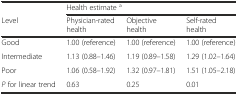
<table><thead><tr><td></td><td colspan="3"><b>Health estimate <sup>a</sup></b></td></tr><tr><td><b>Level</b></td><td><b>Physician-rated health</b></td><td><b>Objective health</b></td><td><b>Self-rated health</b></td></tr></thead><tbody><tr><td>Good</td><td>1.00 (reference)</td><td>1.00 (reference)</td><td>1.00 (reference)</td></tr><tr><td>Intermediate</td><td>1.13 (0.88–1.46)</td><td>1.19 (0.89–1.58)</td><td>1.29 (1.02–1.64)</td></tr><tr><td>Poor</td><td>1.06 (0.58–1.92)</td><td>1.32 (0.97–1.81)</td><td>1.51 (1.05–2.18)</td></tr><tr><td><i>P</i> for linear trend</td><td>0.63</td><td>0.25</td><td>0.01</td></tr></tbody></table>